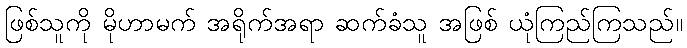
ဖြစ်သူကို မိုဟာမက် အရိုက်အရာ ဆက်ခံသူ အဖြစ် ယုံကြည်ကြသည်။